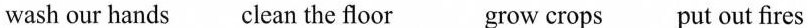
wash our hands clean the floor grow crops put out fires